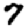
Digit: 7